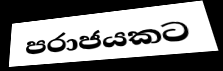
පරාජයකට